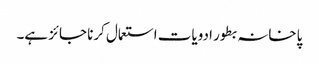
پاخانہ بطور ادویات استعمال کرنا جائز ہے۔